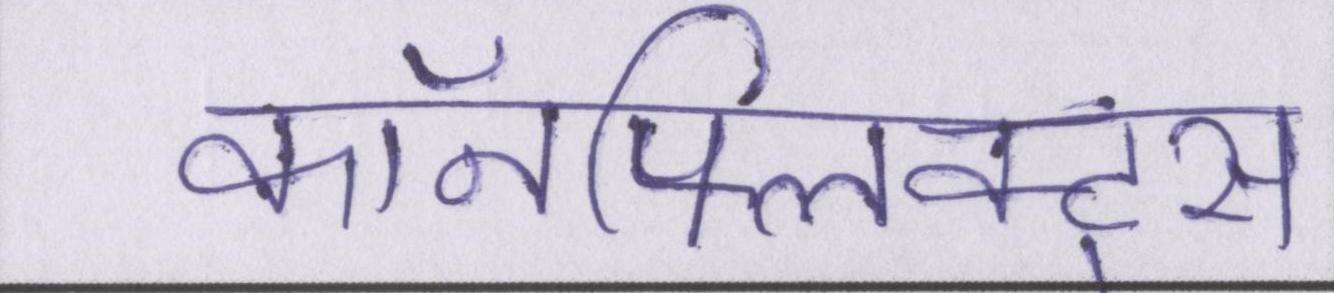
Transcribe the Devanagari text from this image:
कॉनफ्लिक्ट्स